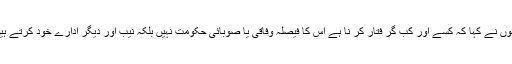
انہوں نے کہا کہ کسے اور کب گر فتار کر نا ہے اس کا فیصلہ وفاقی یا صوبائی حکومت نہیں بلکہ نیب اور دیگر ادارے خود کرتے ہیں۔